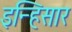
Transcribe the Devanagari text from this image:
इन्हिसार